Vaccination in Bombay 1869-1873 - 1869-1873
Year: 1869
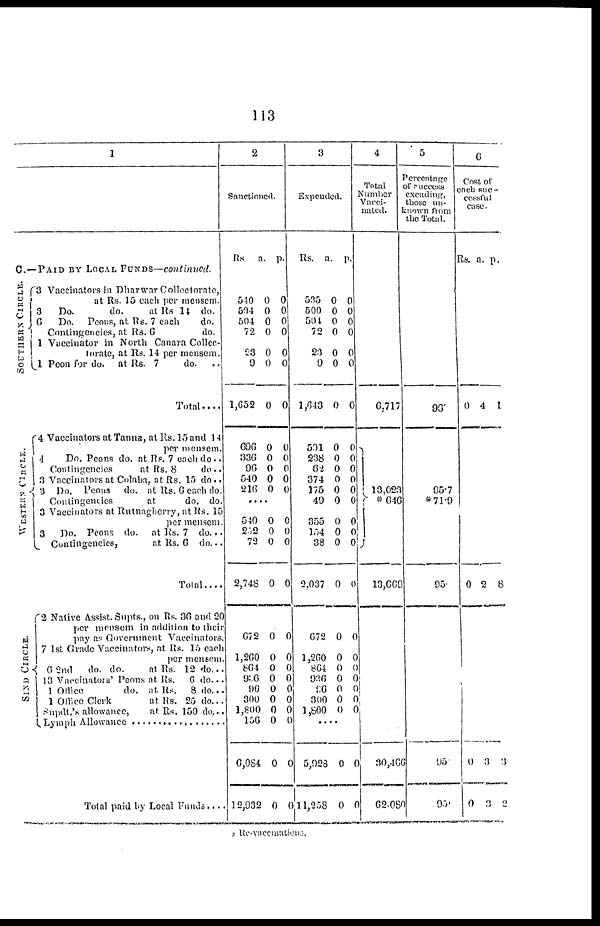
113
1
C.—PAID BY LOCAL FUNDS—continued.
SOUTHERN CIRCLE.
WESTERN CIRCLE.
SIND CIRCLE.
3 Vaccinators in Dharwar Collectorate,
at Rs. 15 each per mensem.
3
Do.
do.
at Rs 14 do.
6
Do.
Peons, at Rs. 7 each
do.
Contingencies, at Rs. 6
do.
1 Vaccinator in North Canara Collec¬
torate, at Rs. 14 per mensem.
1 Peon for do.
at Rs. 7
do. ..
Total....
4 Vaccinators at Tanna, at Rs. 15 and 14
per mensem.
4
Do. Peons do. at Re. 7 each do..
Contingencies
at Rs. 8
do..
3 Vaccinators at Colaba, at Rs. 15 do..
3 Do. Peons
do. at Rs. 6 each do.
Contingencies
at
do. do.
3 Vaccinators at Rutnagherry, at Rs. 15
per mensem.
3
Do. Peons do.
at Rs. 7 do. ..
Contingencies,
at Rs. 6 do. ..
Total....
2 Native Assist. Supts., on Rs. 36 and 20
per mensem in addition to their
pay as Government Vaccinators
7 1st Grade Vaccinators, at Rs. 15 each.
per mensem.
6 2nd
do. do.
at Rs. 12 do..
13 Vnccinators' Peons at Rs.
6 do..
1 Office
do. at Rs.
8 do...
1 Office Clerk
at Rs. 25 do. ..
Supdt.'s allowance,
at Rs. 150 do..
Lymph Allowance ....................
Total paid by Local Funds....
2
Sanctioned.
Rs
a. p.
540
594
504
72
23
9
1,652
696
336
96
540
216
0
0
0
0
0
0
0
0
0
0
0
0
0
0
0
0
0
0
0
0
0
0
0
0
....
540
252
72
2,748
672
1,260
864
936
96
300
1,800
156
6,084
12,932
0
0
0
0
0
0
0
0
0
0
0
0
0
0
0
0
0
0
0
0
0
0
0
0
0
0
0
0
3
Expended.
Rs.
a. p.
535
500
504
72
23
9
1,643
591
238
62
374
175
49
355
154
38
2,037
672
1,260
864
936
96
300
1,800
0
0
0
0
0
0
0
0
0
0
0
0
0
0
0
0
0
0
0
0
0
0
0
0
0
0
0
0
0
0
0
0
0
0
0
0
0
0
0
0
0
0
0
0
0
0
0 0
....
5,928
11,258
0
0
0
0
4
Total
Number
Vacci-
nated.
6,717
13,023
*646
13,669
30,466
62,080
5
Percentage
of success
excuding,
those un¬
known from
the Total.
6
Cost or
each suc-
cessful
case.
Rs.
96.
95.7
*71.9
95.
95.
95.
a.
p.
0 4 1
0 2 8
0
0
3
3
3
2
* Re-vaccnations.